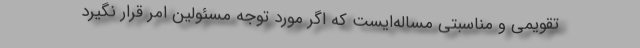
تقویمی و مناسبتی مساله‌ایست که اگر مورد توجه مسئولین امر قرار نگیرد